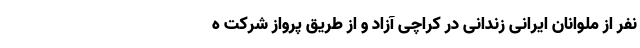
نفر از ملوانان ایرانی زندانی در کراچی آزاد و از طریق پرواز شرکت ه